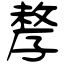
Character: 孷